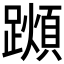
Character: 𨆌